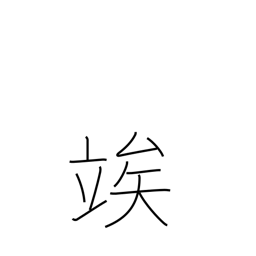
Meaning: wait until